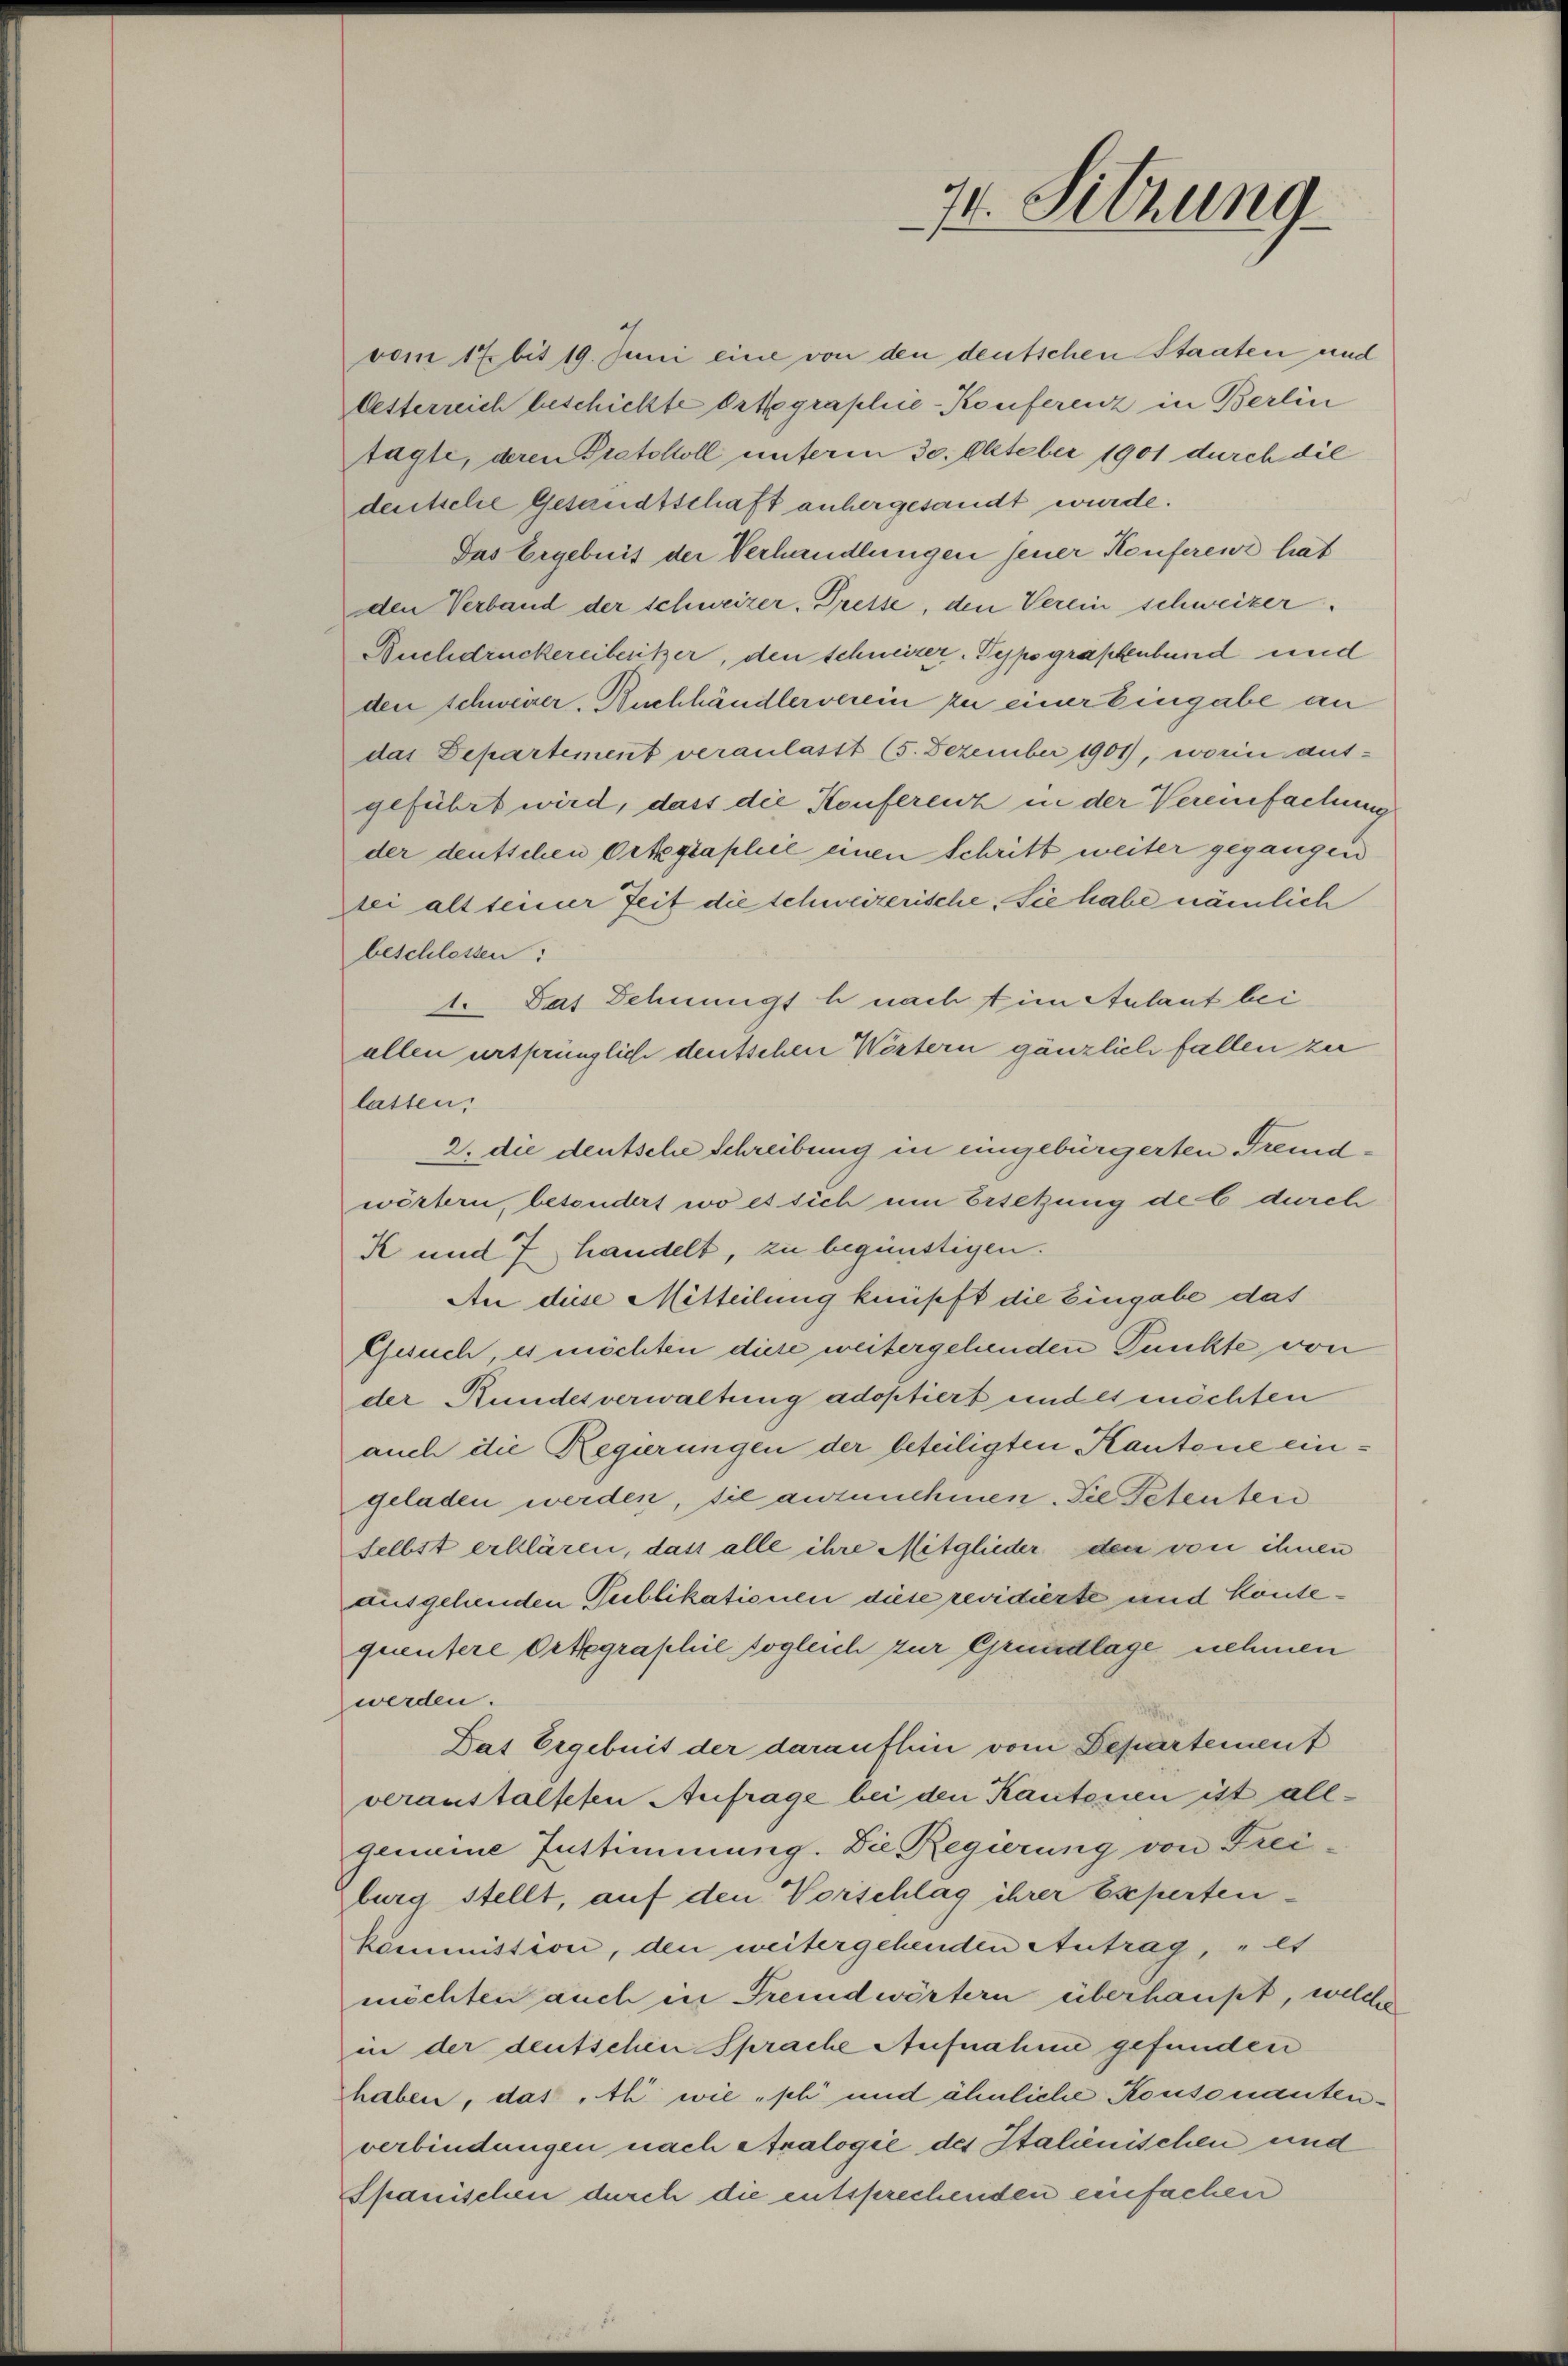
74. Sitzung

vom 17 bis 19. Juni eine von den deutschen Staaten und
Oesterreich beschickte Ortegraphie-Konferenz in Berlin
tagte, deren Protokoll unterm 30. Oktober 1901 durch die
deutsele Gesandtschaft anhergesandt wurde.
Das Ergebnis der Verhandlungen jener Konferenz hat
den Verband der schweizer. Presse, den Verein schweizer.
Buchdruckereibesitzer, den schweizer. Typographenbund und
den schweizer, Buchhändlerverein zu einer Eingabe an
das Departement veranlasst (5. Dezember 1901), worin ausgeführt wird, dass die Konferenz in der Vereinfachung
der deutschen Ortegraphie einen Schritt weiter gegangen
lei alt seiner Zeit die schweizerische. Sie habe nämlich
beschlossen:
1. Das Schnungs h nach t im Anlaut bei
allen ursprünglich deutschen Wertern gänzlich fallen zu
latten,
2. die deutsche Schreibung in eingebürgerten Fremdwörtern, besondert wo es sich um Ersetzung der 6 durch
K und 7 handelt, zu begünstigen.
An diese Mitteilung knüpft die Eingabe das
Gesuch, es möchten diese weitergehenden Punkte von
der Rundesverwaltung adoptiert und es möchten
auch die Regierungen der beteiligten Kantone eingeladen werden, sie anzunehmen. Die Petenten
selbst erklären, dass alle ihre Mitglieder den von ihnen
ausgehenden Publikationen diese revidierte und Kantequentere Ortegraphie sogleich zur Grundlage nehmen
werden.
Das Ergebuit der daraufhin vom Departement
veranstalteten Aufrage bei den Kantonen ist allgemeine Instimmung. Die Regierung von Freiburg stellt, auf den Vorschlag ihrer Experten-
kommission, den weitergehenden Antrag, lt
möchten auch in Fremdwörtern überhaupt, welche
in der deutschen Sprache Aufnahme gefunden
haben, das „Al wie „pli und ähnliche Konsonantenverbindungen nach Analogie des Italienischen und
Spanischen durch die entsprechenden einfachen